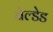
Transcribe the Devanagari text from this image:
वेल्डेड